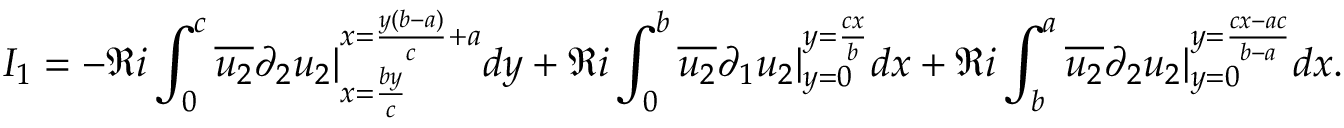
I _ { 1 } = - \Re i \int _ { 0 } ^ { c } \overline { { u _ { 2 } } } \partial _ { 2 } u _ { 2 } | _ { x = \frac { b y } { c } } ^ { x = \frac { y ( b - a ) } { c } + a } d y + \Re i \int _ { 0 } ^ { b } \overline { { u _ { 2 } } } \partial _ { 1 } u _ { 2 } | _ { y = 0 } ^ { y = \frac { c x } { b } } d x + \Re i \int _ { b } ^ { a } \overline { { u _ { 2 } } } \partial _ { 2 } u _ { 2 } | _ { y = 0 } ^ { y = \frac { c x - a c } { b - a } } d x .